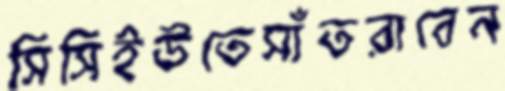
সিসিইউতেসাঁতরাবেন